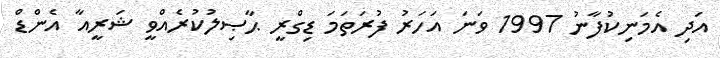
އަދި އެމަނިކުފާނު 1997 ވަނަ އަހަރު ފުރަތަމަ ޑިގްރީ ޙާޞިލުކުރެއްވީ ޝަރީއާ އެންޑް